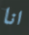
انا